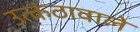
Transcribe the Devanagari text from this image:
उत्कंठावाले